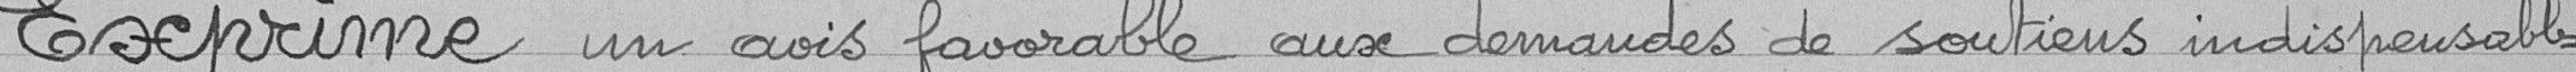
Exprime un avis favorable aux demandes de soutiens indispensables